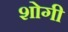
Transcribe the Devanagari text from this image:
शोगी